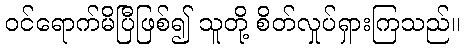
ဝင်ရောက်မိပြီဖြစ်၍ သူတို့ စိတ်လှုပ်ရှားကြသည်။